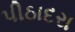
પીઠાદરા